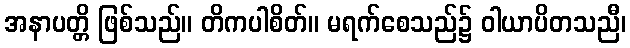
အနာပတ္တိ ဖြစ်သည်။ တိကပါစိတ်။ မရက်စေသည်၌ ဝါယာပိတသညီ၊